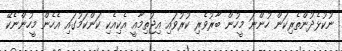
ނުކުޅެދުންތެރިކަން ހުންނަ މީހުން ބާރުވެރި ކުރުވައި އިޖުތިމާއީ އެކިއެކި ކަންކަމުގައި އެހެން މީހުންނެކޭ